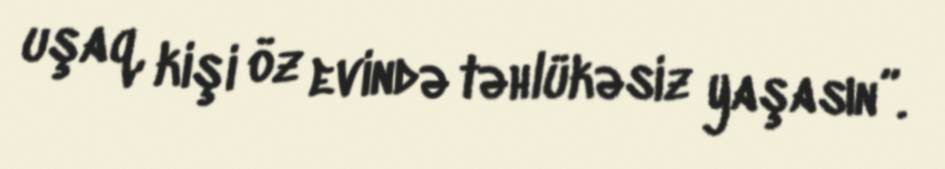
uşaq, kişi öz evində təhlükəsiz yaşasın”.